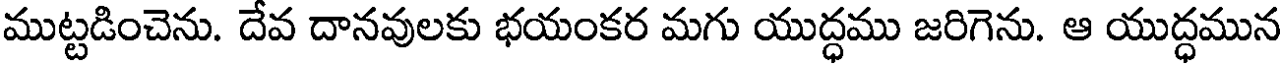
ముట్టడించెను. దేవ దానవులకు భయంకర మగు యుద్ధము జరిగెను. ఆ యుద్ధమున